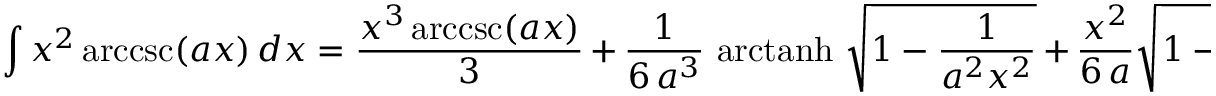
\int x ^ { 2 } \operatorname { a r c c s c } ( a x ) \, d x = { \frac { x ^ { 3 } \operatorname { a r c c s c } ( a x ) } { 3 } } \, + \, { \frac { 1 } { 6 \, a ^ { 3 } } } \, \operatorname { a r c t a n h } \, { \sqrt { 1 - { \frac { 1 } { a ^ { 2 } x ^ { 2 } } } } } \, + \, { \frac { x ^ { 2 } } { 6 \, a } } { \sqrt { 1 - { \frac { 1 } { a ^ { 2 } x ^ { 2 } } } } } \, + \, C